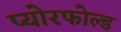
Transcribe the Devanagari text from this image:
प्योरफोल्ड